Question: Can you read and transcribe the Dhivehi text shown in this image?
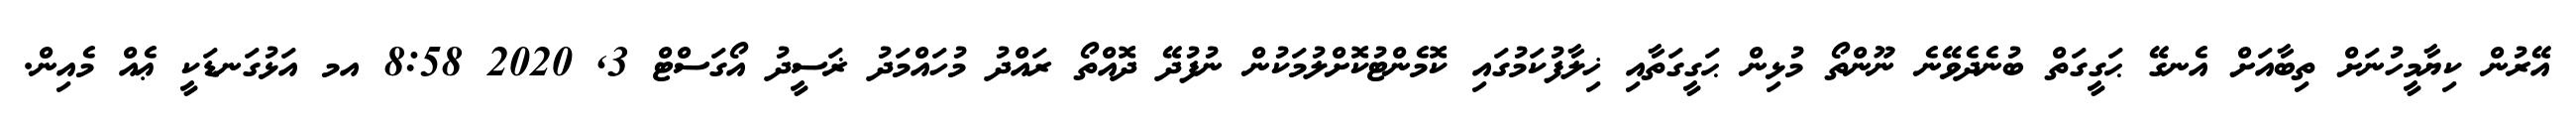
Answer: އޭރުން ކިޔާމީހުނަށް ތިބާއަށް އެނގޭ ޙަގީގަތް ބުނެދެވޭނެ ނޫންތޯ މުޅިން ޙަގީގަތާއި ޚިލާފުކަމުގައި ކޮމެންޓުކޮށްލުމަކުން ނުފުދޭ ދޮއްތޯ ރައްދު މުހައްމަދު ޜަސީދު އޯގަސްޓް 3, 2020 8:58 އމ އަޅުގަނޑަކީ ޢެއް މެއިން.